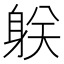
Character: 𨈽